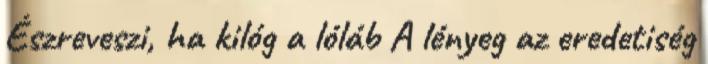
Észreveszi, ha kilóg a lóláb A lényeg az eredetiség